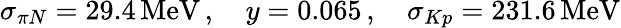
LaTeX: \sigma_{\pi N}=29.4\, \mathrm{MeV}\, ,\quad y=0.065\, ,\quad\sigma_{Kp}=231.6\, \mathrm{MeV}